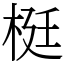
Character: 梃